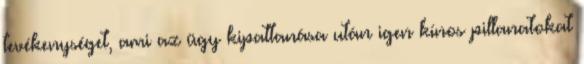
tevékenységet, ami az ügy kipattanása után igen kínos pillanatokat